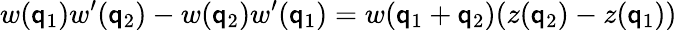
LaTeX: w(\mathsf{q}_{1})w^{\prime}(\mathsf{q}_{2})-w(\mathsf{q}_{2})w^{\prime}(\mathsf{q}_{1})=w(\mathsf{q}_{1}+\mathsf{q}_{2})(z(\mathsf{q}_{2})-z(\mathsf{q}_{1}))